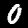
Label: 0